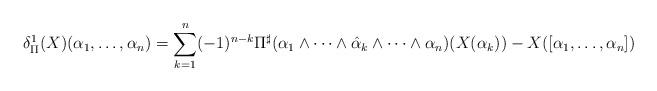
LaTeX: \begin{align*}\delta^1_\Pi (X) (\alpha_1, \ldots, \alpha_n) = \sum_{k=1}^{n} (-1)^{n-k} \Pi^{\sharp} (\alpha_1 \wedge \cdots \wedge \hat{\alpha}_k \wedge \cdots \wedge \alpha_n) (X(\alpha_k))- X([\alpha_1,\ldots, \alpha_n])\end{align*}